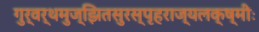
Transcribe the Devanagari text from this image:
गुर्वर्थमुज्झितसुरस्पृहराज्यलक्ष्मीः